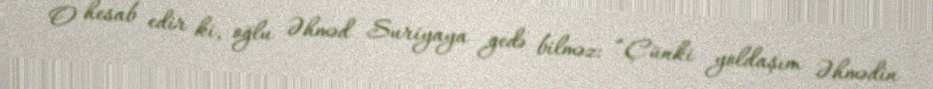
O hesab edir ki, oğlu Əhməd Suriyaya gedə bilməz: “Çünki yoldaşım Əhmədin